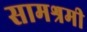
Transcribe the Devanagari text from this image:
सामश्रमी